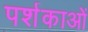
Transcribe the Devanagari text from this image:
पर्शकाओं